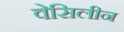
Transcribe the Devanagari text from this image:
वेसिलीन